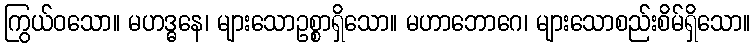
ကြွယ်ဝသော။ မဟဒ္ဓနေ၊ များသောဥစ္စာရှိသော။ မဟာဘောဂေ၊ များသောစည်းစိမ်ရှိသော။